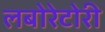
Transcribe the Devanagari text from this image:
लबोरेटोरी